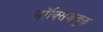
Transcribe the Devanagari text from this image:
ऑक्सिजन्युक्त